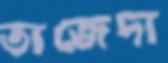
তাজেদা